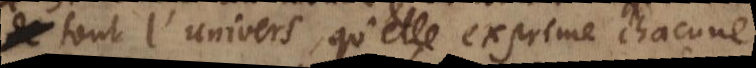
de tout l’univers, qu’elle exprime chacune